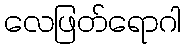
လေဖြတ်ရောဂါ